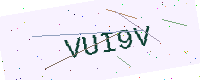
Text: VUI9V